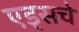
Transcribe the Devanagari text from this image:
एड्‌सचे